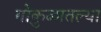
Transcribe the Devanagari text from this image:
गोकुळातल्या